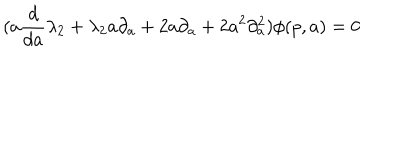
( a \frac { d } { d a } \lambda _ { 2 } + \lambda _ { 2 } a \partial _ { a } + 2 a \partial _ { a } + 2 a ^ { 2 } \partial _ { a } ^ { 2 } ) \phi ( p , a ) = 0